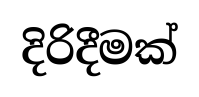
දිරිදීමක්